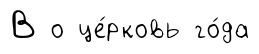
В о це́рковь го́да